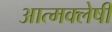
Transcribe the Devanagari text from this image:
आत्मक्लेषी